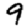
Digit: 9